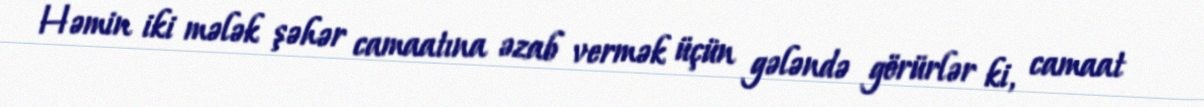
Həmin iki mələk şəhər camaatına əzab vermək üçün gələndə görürlər ki, camaat